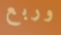
وربع